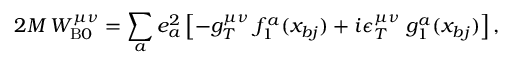
2 M \, W _ { \mathrm { B } 0 } ^ { \mu \nu } = \sum _ { a } e _ { a } ^ { 2 } \left[ - g _ { T } ^ { \mu \nu } \; f _ { 1 } ^ { a } ( x _ { b j } ) + i \epsilon _ { T } ^ { \mu \nu } \; g _ { 1 } ^ { a } ( x _ { b j } ) \right] ,